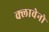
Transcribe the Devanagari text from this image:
क्लावेनो